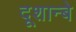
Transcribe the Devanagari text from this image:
दूशान्बे